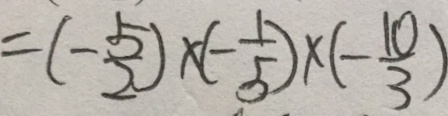
= ( - \frac { 5 } { 2 } ) \times ( - \frac { 1 } { 5 } ) \times ( - \frac { 1 0 } { 3 } )